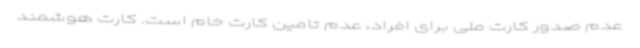
عدم صدور کارت ملی برای افراد، عدم تامین کارت خام است. کارت هوشمند